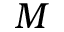
M